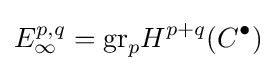
E_{\infty }^{p,q}={\mbox{gr}}_{p}H^{p+q}(C^{\bullet })